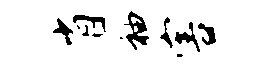
省袖害